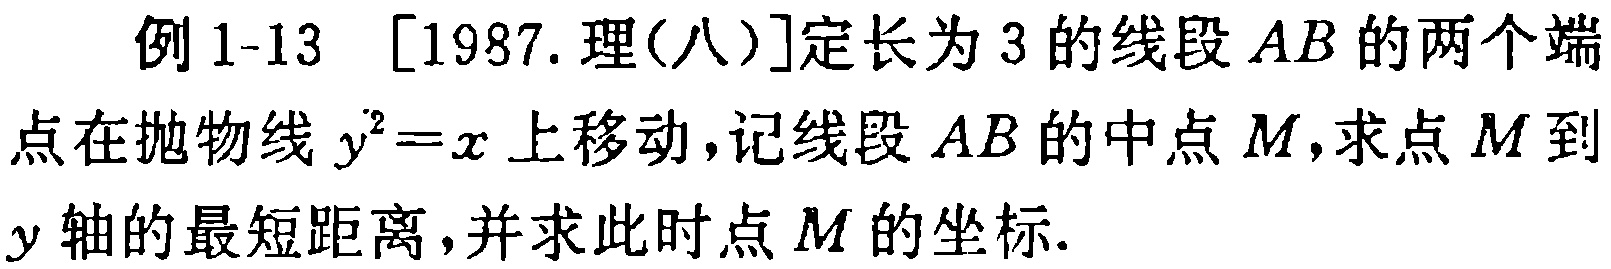
例 1-13 [1987. 理(八)]定长为 3 的线段 \(AB\) 的两个端点在抛物线 \(y^{2}=x\) 上移动，记线段 \(AB\) 的中点 \(M\)，求点 \(M\) 到 \(y\) 轴的最短距离，并求此时点 \(M\) 的坐标.